Insane asylums in Bengal annual reports 1867-1875 - 1867-1875
Year: 1867
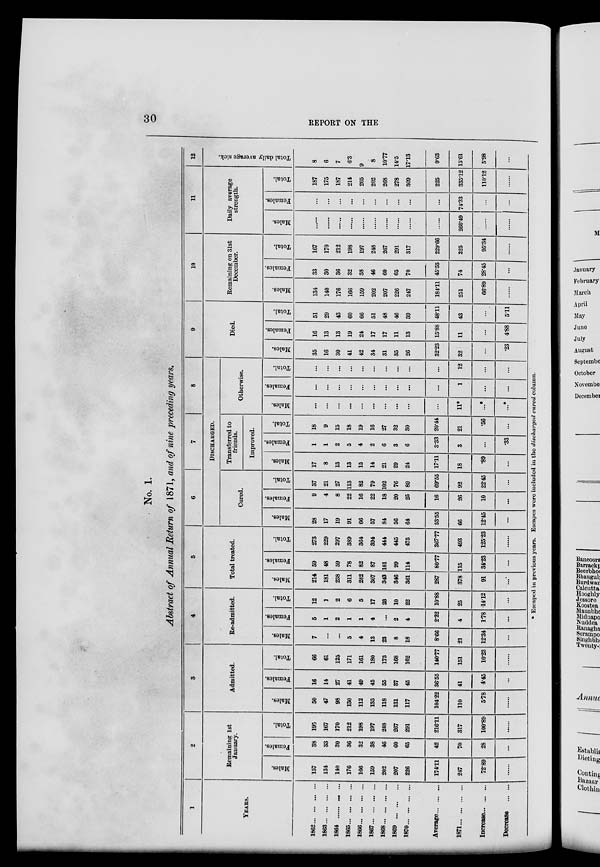
30
REPORT ON THE
No. 1.
Abstract of Annual Return of 1871, and of nine preceding years.
1
YEARS.
1862 ... ... ... ...
1863 ... ... ... ...
1864 ... ... ... ...
1865 ... ... ... ...
1866 ... ... ... ...
1867 ... ... ... ...
1868 ... ... ... ...
1869 ... ... ... ...
1870 ... ... ... ...
Average ... ... ...
1871 ... ... ... ...
Increase ... ... ...
Decrease ... ...
2
Remaining 1st
January.
Males.
157
134
140
176
166
159
202
207
226
174.11
247
72.89
Females.
38
33
30
36
32
38
46
60
65
42
70
28
...
Total.
195
167
170
212
198
197
248
267
291
216.11
317
100.89
......
3
Admitted.
Males.
50
47
98
130
112
135
118
131
117
104.22
110
5.78
......
Females.
16
14
27
41
49
45
55
37
45
36.55
41
4.45
...
Total.
66
61
125
171
161
180
173
168
162
140.77
151
10.23
......
4
Re-admitted.
Males.
7
...
...
5
4
13
23
8
18
8.66
21
12.34
...
Females.
5
1
2
1
1
4
...
2
4
2.22
4
1.78
...
Total.
12
1
2
6
5
17
23
10
22
10.88
25
14.12
...
5
Total treated.
Males.
214
181
238
311
282
307
343
346
361
287
378
91
...
Females.
59
48
59
78
82
87
101
99
114
80.77
115
34.23
...
Total.
273
229
297
389
364
394
444
445
475
367.77
493
125.23
6
7
8
DISCHARGED.
Cured.
Males.
28
17
19
91
66
57
84
56
64
53.55
66
12.45
...
Females.
9
4
8
22
16
22
18
20
25
16
26
10
...
Total.
37
21
27
113
82
79
102
76
89
69.55
92
22.45
...
Transferred to
friends.
Improved.
Males.
17
8
13
13
15
14
21
29
24
17.11
18
.89
...
Females.
1
1
2
5
4
2
6
3
6
3.33
3
...
.33
Total.
18
9
15
18
19
16
27
32
30
20.44
21
.56
...
Otherwise.
Males.
...
...
...
...
...
...
...
...
...
...
11*
...*
...*
Females.
...
...
...
...
...
...
...
...
...
...
1
...
...
Total.
...
...
...
...
...
...
...
...
...
...
12
...
...
9
Died.
Males.
35
16
30
41
42
34
31
35
26
32.23
32
...
.23
Females.
16
13
13
19
24
17
17
11
13
15.88
11
...
4.88
Total.
51
29
43
60
66
51
48
46
39
48.11
43
...
5.11
10
Remaining on 31st
December.
Males.
134
140
176
166
159
202
207
226
247
184.11
251
66.89
......
Females.
33
30
36
32
38
46
60
65
70
45.55
74
28.45
...
Total.
167
170
212
198
197
248
267
291
317
229.66
325
95.34
......
11
Daily average
strength.
Males.
......
......
......
......
......
......
......
......
......
......
260.49
......
......
Females.
...
...
...
...
...
...
...
...
...
...
74.33
...
...
Total.
187
175
187
214
205
202
268
278
309
225
335.12
110.12
......
12
Total daily average sick.
8
6
7
6.3
9
8
10.77
14.5
17.13
9.63
15.61
5.98
...
* Escaped in previous years. Escapes were included in the discharged cured column.